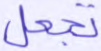
تجعل